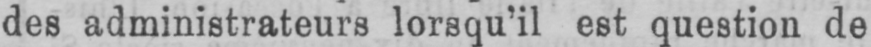
des administrateurs lorsqu’il est question de